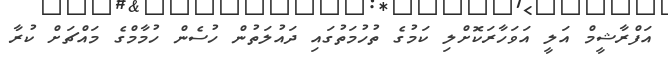
އަފްރާޝީމް އަލީ އަވަހާރަކޮށްލި ކަމުގެ ތުހުމަތުގައި ދައުލަތުން ހުސެން ހުމާމްގެ މައްޗަށް ކުރާ